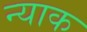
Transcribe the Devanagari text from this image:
न्याक